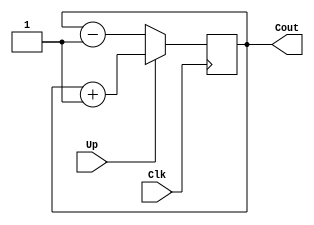
`timescale 1ns / 1ps

module count(
    input Clk,
    input Up, // 
    output reg [7:0] Cout = 8'b0000_0000 // 8 
    );

always @(posedge Clk)
    if (Up)
        Cout <= Cout + 1'b1;
    else
        Cout <= Cout - 1'b1;
endmodule